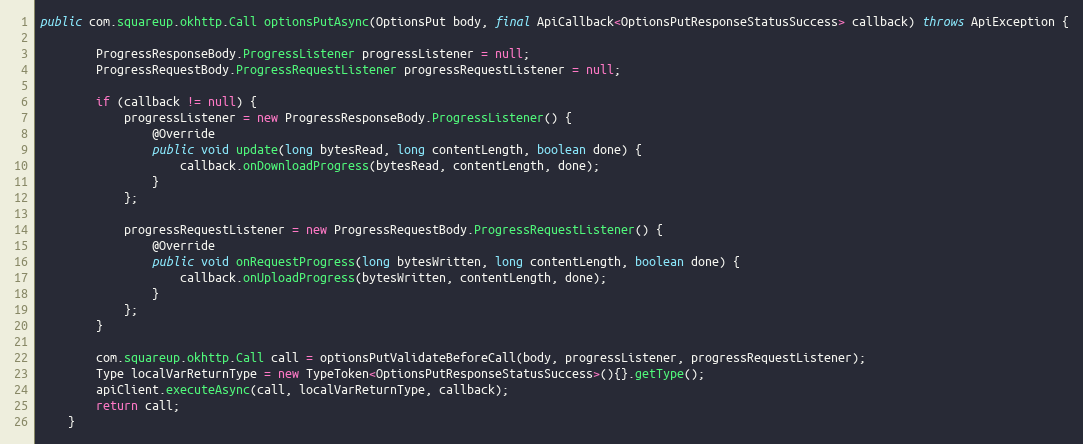
Language: Java
public com.squareup.okhttp.Call optionsPutAsync(OptionsPut body, final ApiCallback<OptionsPutResponseStatusSuccess> callback) throws ApiException {

        ProgressResponseBody.ProgressListener progressListener = null;
        ProgressRequestBody.ProgressRequestListener progressRequestListener = null;

        if (callback != null) {
            progressListener = new ProgressResponseBody.ProgressListener() {
                @Override
                public void update(long bytesRead, long contentLength, boolean done) {
                    callback.onDownloadProgress(bytesRead, contentLength, done);
                }
            };

            progressRequestListener = new ProgressRequestBody.ProgressRequestListener() {
                @Override
                public void onRequestProgress(long bytesWritten, long contentLength, boolean done) {
                    callback.onUploadProgress(bytesWritten, contentLength, done);
                }
            };
        }

        com.squareup.okhttp.Call call = optionsPutValidateBeforeCall(body, progressListener, progressRequestListener);
        Type localVarReturnType = new TypeToken<OptionsPutResponseStatusSuccess>(){}.getType();
        apiClient.executeAsync(call, localVarReturnType, callback);
        return call;
    }